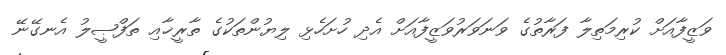
ވަޒީފާއަށް ކުރިމަތިލާ ފަރާތުގެ ވަނަވަރުވަޒީފާއަށް އެދި ހުށަހެޅި ލިޔުންތަކުގެ ތާރީޚާއި ތަފްޞީލު އެނގޭނޭ